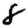
Digit: 8